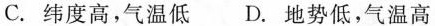
C.纬度高，气温低 D.地势低，气温高